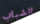
الشباب